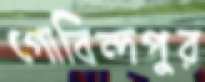
গোবিন্দপুর